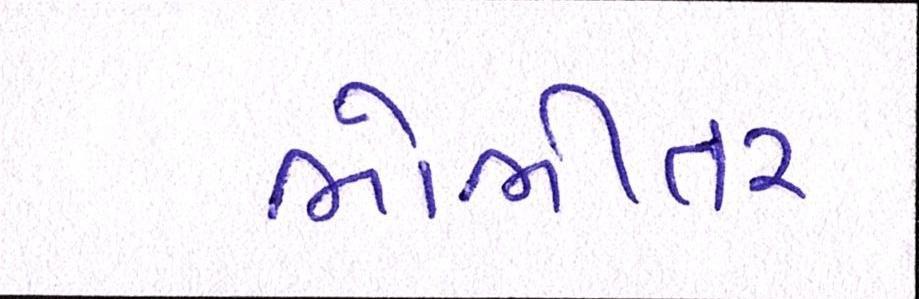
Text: ભોભીતર